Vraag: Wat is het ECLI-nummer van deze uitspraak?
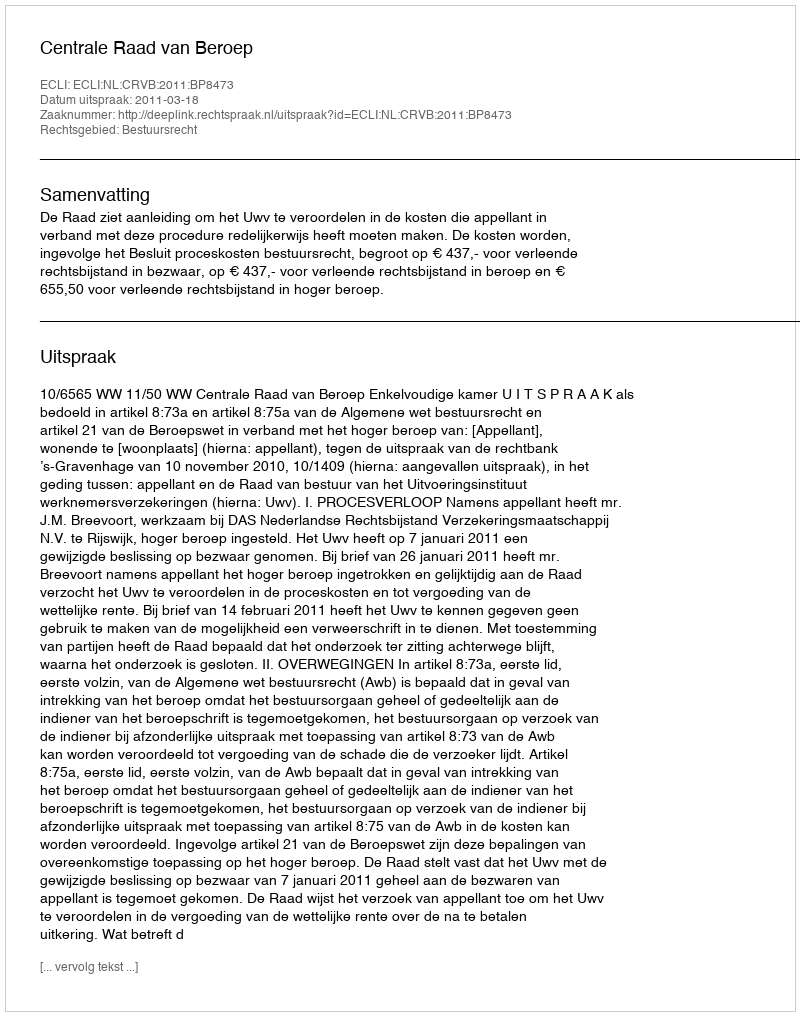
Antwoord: ECLI:NL:CRVB:2011:BP8473